Civil Veterinary Department. United Provinces 1923-31 - 1923-1931
Year: 1923
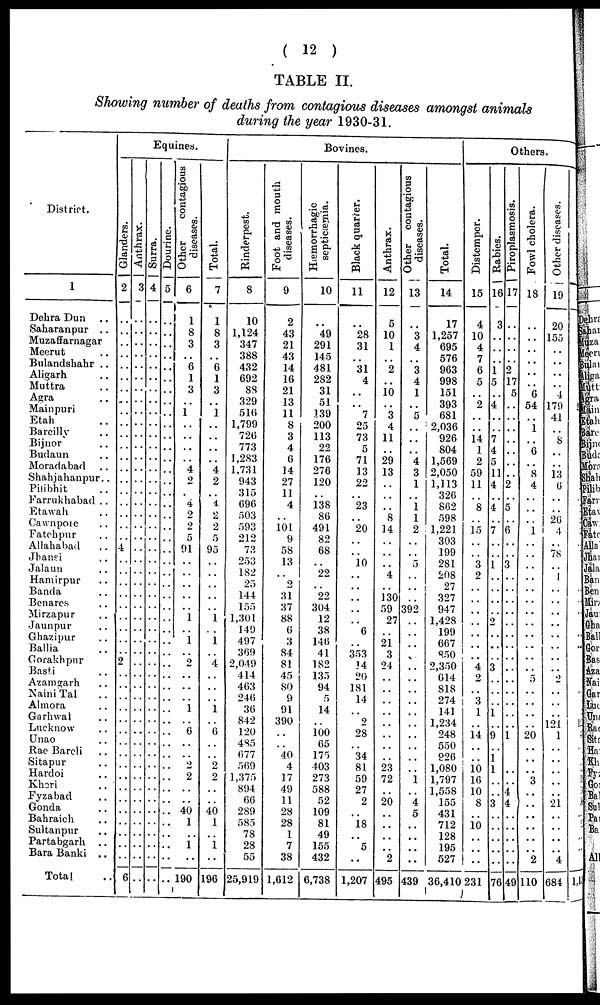
( 12 )
TABLE II.
Showing number of deaths from contagious diseases amongst animals
during the year 1930-31.
District.
1
Dehra Dun..
Saharanpur..
Muzaffarnagar
Meerut ..
Bulandshahr
Aligarh ..
Muttra ..
Agra
Mainpuri
Etah ..
Bareilly ..
Bijnore ..
Budaun ..
Moradabad.. ..
Shahjahanpur
Pilibhit .
Farrukhabad
Etawah ..
Cawnpore ..
Fatehpur ..
Allahabad
Jhansi ..
Jalaun ..
Hamirpur ..
Banda ..
Benares ..
Mirzapur ..
Jaunpur ..
Ghazipur ..
Ballia ..
Gorakhpur
Basti ..
Azamgarh ..
Naini Tal ..
Almora ..
Garhwal ..
Lucknow ..
Unao ..
Rae Bareli ..
Sitapur ..
Hardoi ..
Kheri ..
Fyzabad ..
Gonda ..
Bahraich ..
Sultanpur ..
Partabgarh ..
Bara Banki ..
Total ..
Equines.
Glanders.
2
..
..
..
..
..
..
..
..
..
..
..
..
..
..
..
..
..
..
..
..
4
..
..
..
..
..
..
..
..
..
2
..
..
..
..
..
..
..
..
..
..
..
..
..
..
..
..
..
..
Anthrax.
3
..
..
..
..
..
..
..
..
..
..
..
..
..
..
..
..
..
..
..
..
..
..
..
..
..
..
..
..
..
..
..
..
..
..
..
..
..
..
..
..
..
..
..
..
..
..
..
..
6
Surra.
4
..
..
..
..
..
..
..
..
..
..
..
..
..
..
..
..
..
..
..
..
..
..
..
..
..
..
..
..
..
..
..
..
..
..
..
..
..
..
..
..
..
..
..
..
..
..
..
..
..
Dourine.
5
..
..
..
..
..
..
..
..
..
..
..
..
..
..
..
..
..
..
..
..
..
..
..
..
..
..
..
..
..
..
..
..
..
..
..
..
..
..
..
..
..
..
..
..
..
..
..
..
..
Other
contagious
diseases.
6
1
8
3
..
6
1
3
..
1
..
..
..
..
4
2
..
4
2
2
5
91
..
..
..
..
..
1
..
1
..
2
..
..
..
1
..
6
..
..
2
2
..
..
40
1
..
..
..
..
Total.
7
1
8
3
..
6
1
3
..
1
..
..
..
..
4
2
..
1
2
2
5
95
..
..
..
..
..
1
..
1
..
4
..
..
..
1
..
6
..
..
2
2
..
..
40
1
..
1
..
196
Bovines.
Rinderpest.
8
10
1,124
347
388
432
692
88
329
516
1,799
726
773
1,283
1,731
943
315
696
503
593
212
73
253
182
25
144
155
1,301
149
497
369
2,049
414
463
246
36
842
120
485
677
569
1,375
894
66
289
585
78
28
55
25,919
Foot and mouth
diseases.
9
2
43
21
43
14
16
21
13
11
8
3
4
6
14
27
11
4
..
101
9
58
13
..
2
31
37
88
6
3
84
81
45
80
9
91
390
..
..
40
4
17
49
11
28
28
1
7
38
1,612
Hæmorrhagie
septicæmia.
10
..
49
291
145
481
282
31
51
139
200
113
22
176
276
120
..
138
86
491
82
68
..
22
..
22
304
12
38
146
41
182
135
94
5
14
..
100
65
175
403
273
588
52
109
81
49
155
432
6,738
Black quarter.
11
28
31
31
4
..
..
7
25
73
5
71
13
22
23
20
..
10
..
..
..
..
6
..
353
14
20
181
14
..
9
28
..
34
81
59
27
2
..
18
..
5
..
1,207
Anthrax.
Other contagious
diseases.
12 13
5
..
10
3
1
4
.. ..
2
3
.. 4
10
1
.. ..
3
5
4
..
11
..
.. ..
29
4
13
3
.. 1
.. ..
.. 1
8
1
14
2
.. ..
.. ..
.. 5
4
..
.. ..
130 ..
59 392
27 ..
.. ..
21
..
3 ..
24
..
.. ..
.. ..
.. ..
.. ..
.. ..
.. ..
.. ..
.. ..
23
..
72
1
.. ..
20
4
5
.. ..
.. ..
. . . .
2
..
495 439
Total.
14
17
1,257
695
576
963
998
151
393
681
2,036
926
804
1,569
2,050
1,113
326
862
598
1,221
303
199
281
208
27
327
947
1,428
199
667
850
2,350
614
818
274
141
1,234
248
550
926
1,080
1,797
1,558
155
431
712
128
195
527
36,410
Others.
Distemper.
15
4
10
4
7
6
5
..
2
..
..
14
1
2
59
11
..
8
..
15
..
..
3
2
..
..
..
..
..
..
..
4
2
..
3
1
..
14
..
..
10
16
10
8
..
10
..
..
..
231
Babies.
16
3
..
..
..
1
5
..
4
..
..
7
4
5
11
4
..
4
..
7
..
..
1
..
..
..
..
2
..
..
..
3
..
..
..
1
..
9
..
1
1
..
..
3
..
..
..
..
..
76
Piroplasmosis.
17
..
..
..
..
2
17
5
..
..
..
..
..
..
..
2
..
5
..
6
..
..
3
..
..
..
..
..
..
..
..
..
..
..
..
..
..
1
..
..
..
..
4
4
..
..
..
..
..
49
Fowl cholera.
18
..
..
..
..
..
..
6
54
.. 1
..
6
..
8
4
..
..
..
1
..
..
..
..
..
..
..
..
..
..
..
..
5
..
..
..
..
20
..
..
3
..
..
..
2
110
Other diseases.
19
20
155
..
..
..
..
4
179
41
..
8
..
..
13
6
..
..
26
4
..
78
..
1
..
..
..
..
..
..
..
..
2
..
..
..
121
1
..
..
..
..
..
21
..
..
..
..
4
684 1,1